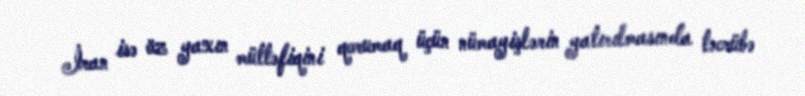
İran isə öz yaxın müttəfiqini qorumaq üçün nümayişlərin yatırılmasında təcrübə